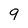
Character: 9